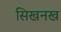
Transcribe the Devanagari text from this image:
सिखनख